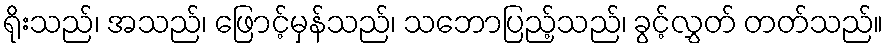
ရိုးသည်၊ အသည်၊ ဖြောင့်မှန်သည်၊ သဘောပြည့်သည်၊ ခွင့်လွှတ် တတ်သည်။